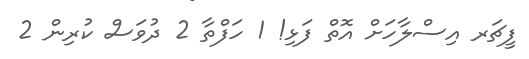
ފީޗަރ އިސްލާހަށް އޮތް ފަޅި! 1 ހަފްތާ 2 ދުވަސް ކުރިން 2